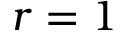
r = 1